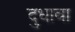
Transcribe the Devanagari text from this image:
दुधावा